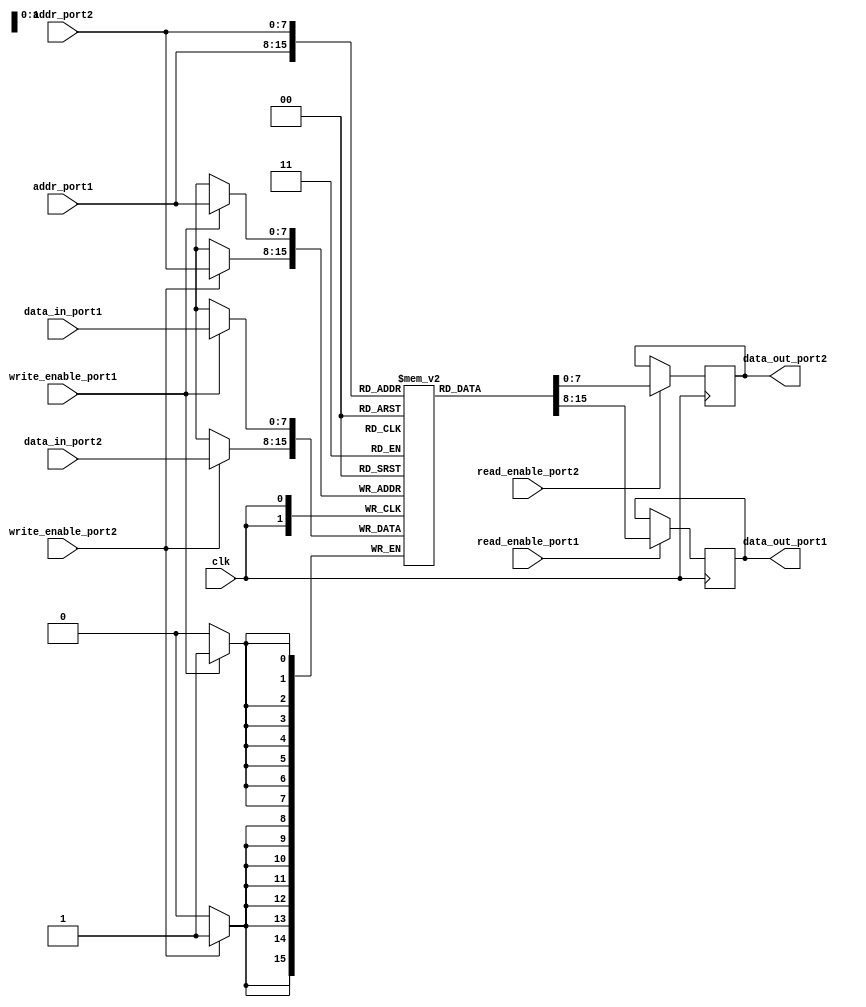
module dual_port_ram (
    input clk, // Clock signal
    input [7:0] addr_port1, // Address bus for port 1
    input [7:0] addr_port2, // Address bus for port 2
    input [7:0] data_in_port1, // Data input for port 1
    input [7:0] data_in_port2, // Data input for port 2
    input write_enable_port1, // Write enable signal for port 1
    input write_enable_port2, // Write enable signal for port 2
    input read_enable_port1, // Read enable signal for port 1
    input read_enable_port2, // Read enable signal for port 2
    output reg [7:0] data_out_port1, // Data output for port 1
    output reg [7:0] data_out_port2 // Data output for port 2
);

reg [7:0] memory [0:255]; // Dual-port RAM memory array

always @(posedge clk) begin
    if (write_enable_port1) begin
        memory[addr_port1] <= data_in_port1;
    end

    if (write_enable_port2) begin
        memory[addr_port2] <= data_in_port2;
    end

    if (read_enable_port1) begin
        data_out_port1 <= memory[addr_port1];
    end

    if (read_enable_port2) begin
        data_out_port2 <= memory[addr_port2];
    end
end

endmodule